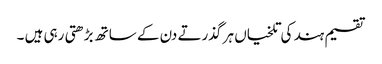
تقسیم ہند کی تلخیاں ہر گذرتے دن کے ساتھ بڑھتی رہی ہیں ۔